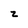
Character: z